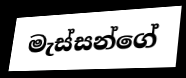
මැස්සන්ගේ